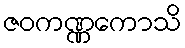
ဇဝကဏ္ဏကောသိ